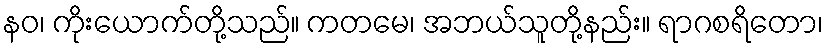
နဝ၊ ကိုးယောက်တို့သည်။ ကတမေ၊ အဘယ်သူတို့နည်း။ ရာဂစရိတော၊